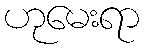
ဟုမေးရာ